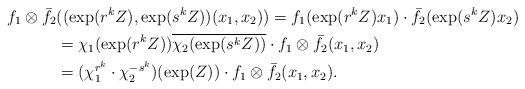
LaTeX: \begin{align*} f_1\otimes \bar f_2&((\exp(r^k Z), \exp(s^k Z))(x_1, x_2))=f_1(\exp (r^k Z) x_1)\cdot \bar f_2(\exp(s^k Z) x_2)\\ & = \chi_1(\exp(r^k Z)) \overline{\chi_2(\exp(s^k Z))}\cdot f_1\otimes \bar f_2(x_1, x_2)\\ & = (\chi_1^{r^k}\cdot\chi_2^{-s^k})(\exp(Z))\cdot f_1\otimes \bar f_2(x_1, x_2). \end{align*}